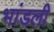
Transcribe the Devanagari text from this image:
भांडली